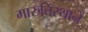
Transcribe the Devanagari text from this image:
मारुतिस्थानें